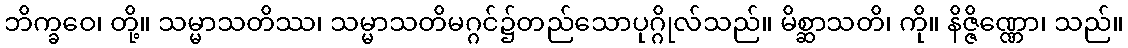
ဘိက္ခဝေ၊ တို့။ သမ္မာသတိဿ၊ သမ္မာသတိမဂ္ဂင်၌တည်သောပုဂ္ဂိုလ်သည်။ မိစ္ဆာသတိ၊ ကို။ နိဇ္ဇိဏ္ဏော၊ သည်။